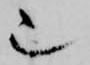
也